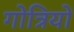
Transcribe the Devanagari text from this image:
गोत्रियों